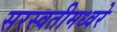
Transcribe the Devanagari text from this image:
सरस्वतीमध्वरे